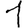
Digit: 1